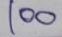
100